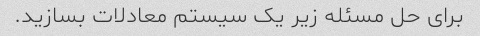
برای حل مسئله زیر یک سیستم معادلات بسازید.